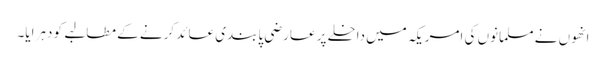
انھوں نے مسلمانوں کی امریکہ میں داخلے پر عارضی پابندی عائد کرنے کے مطالبے کو دہرایا۔